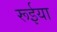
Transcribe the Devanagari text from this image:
रूईया